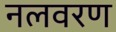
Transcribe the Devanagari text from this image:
नलवरण